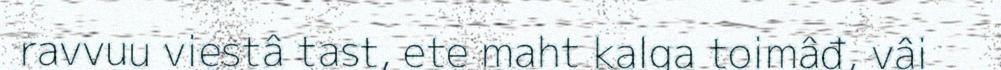
ravvuu viestâ tast, ete maht kalga toimâđ, vâi